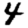
Digit: 4